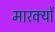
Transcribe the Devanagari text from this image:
मारक्यों